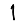
Digit: 1